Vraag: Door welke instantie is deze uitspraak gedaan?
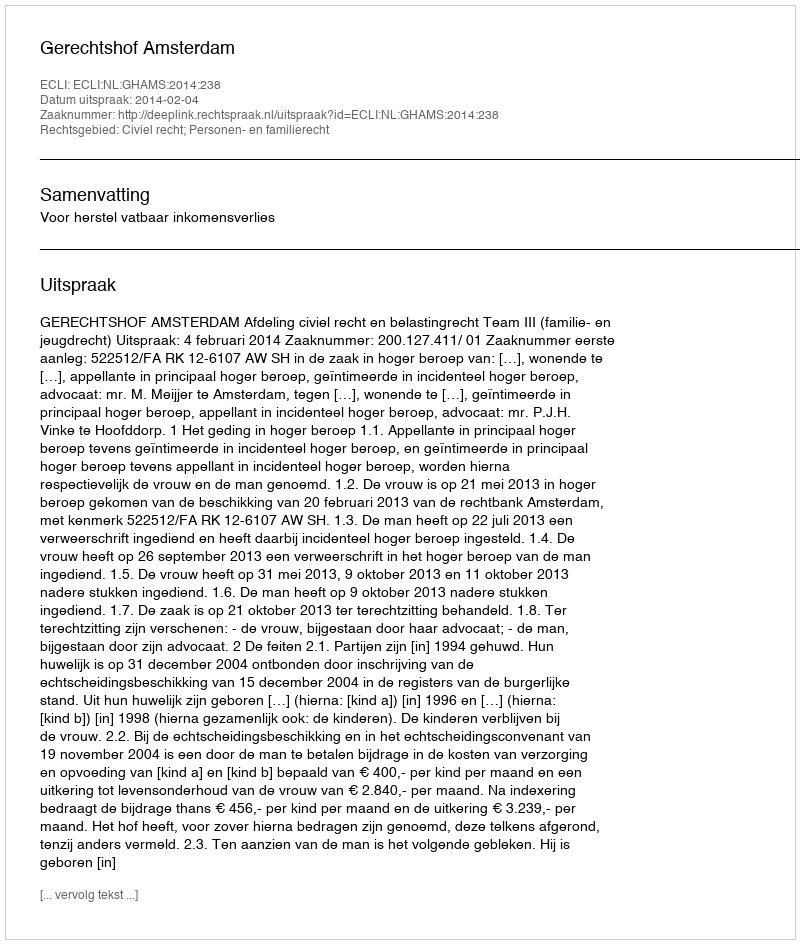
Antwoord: Gerechtshof Amsterdam